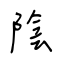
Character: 陰